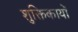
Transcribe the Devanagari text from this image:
शुक्तिकायों